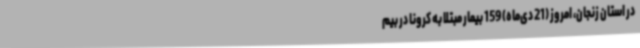
در استان زنجان، امروز (21 دی‌ماه) 159 بیمار مبتلا به کرونا در بیم